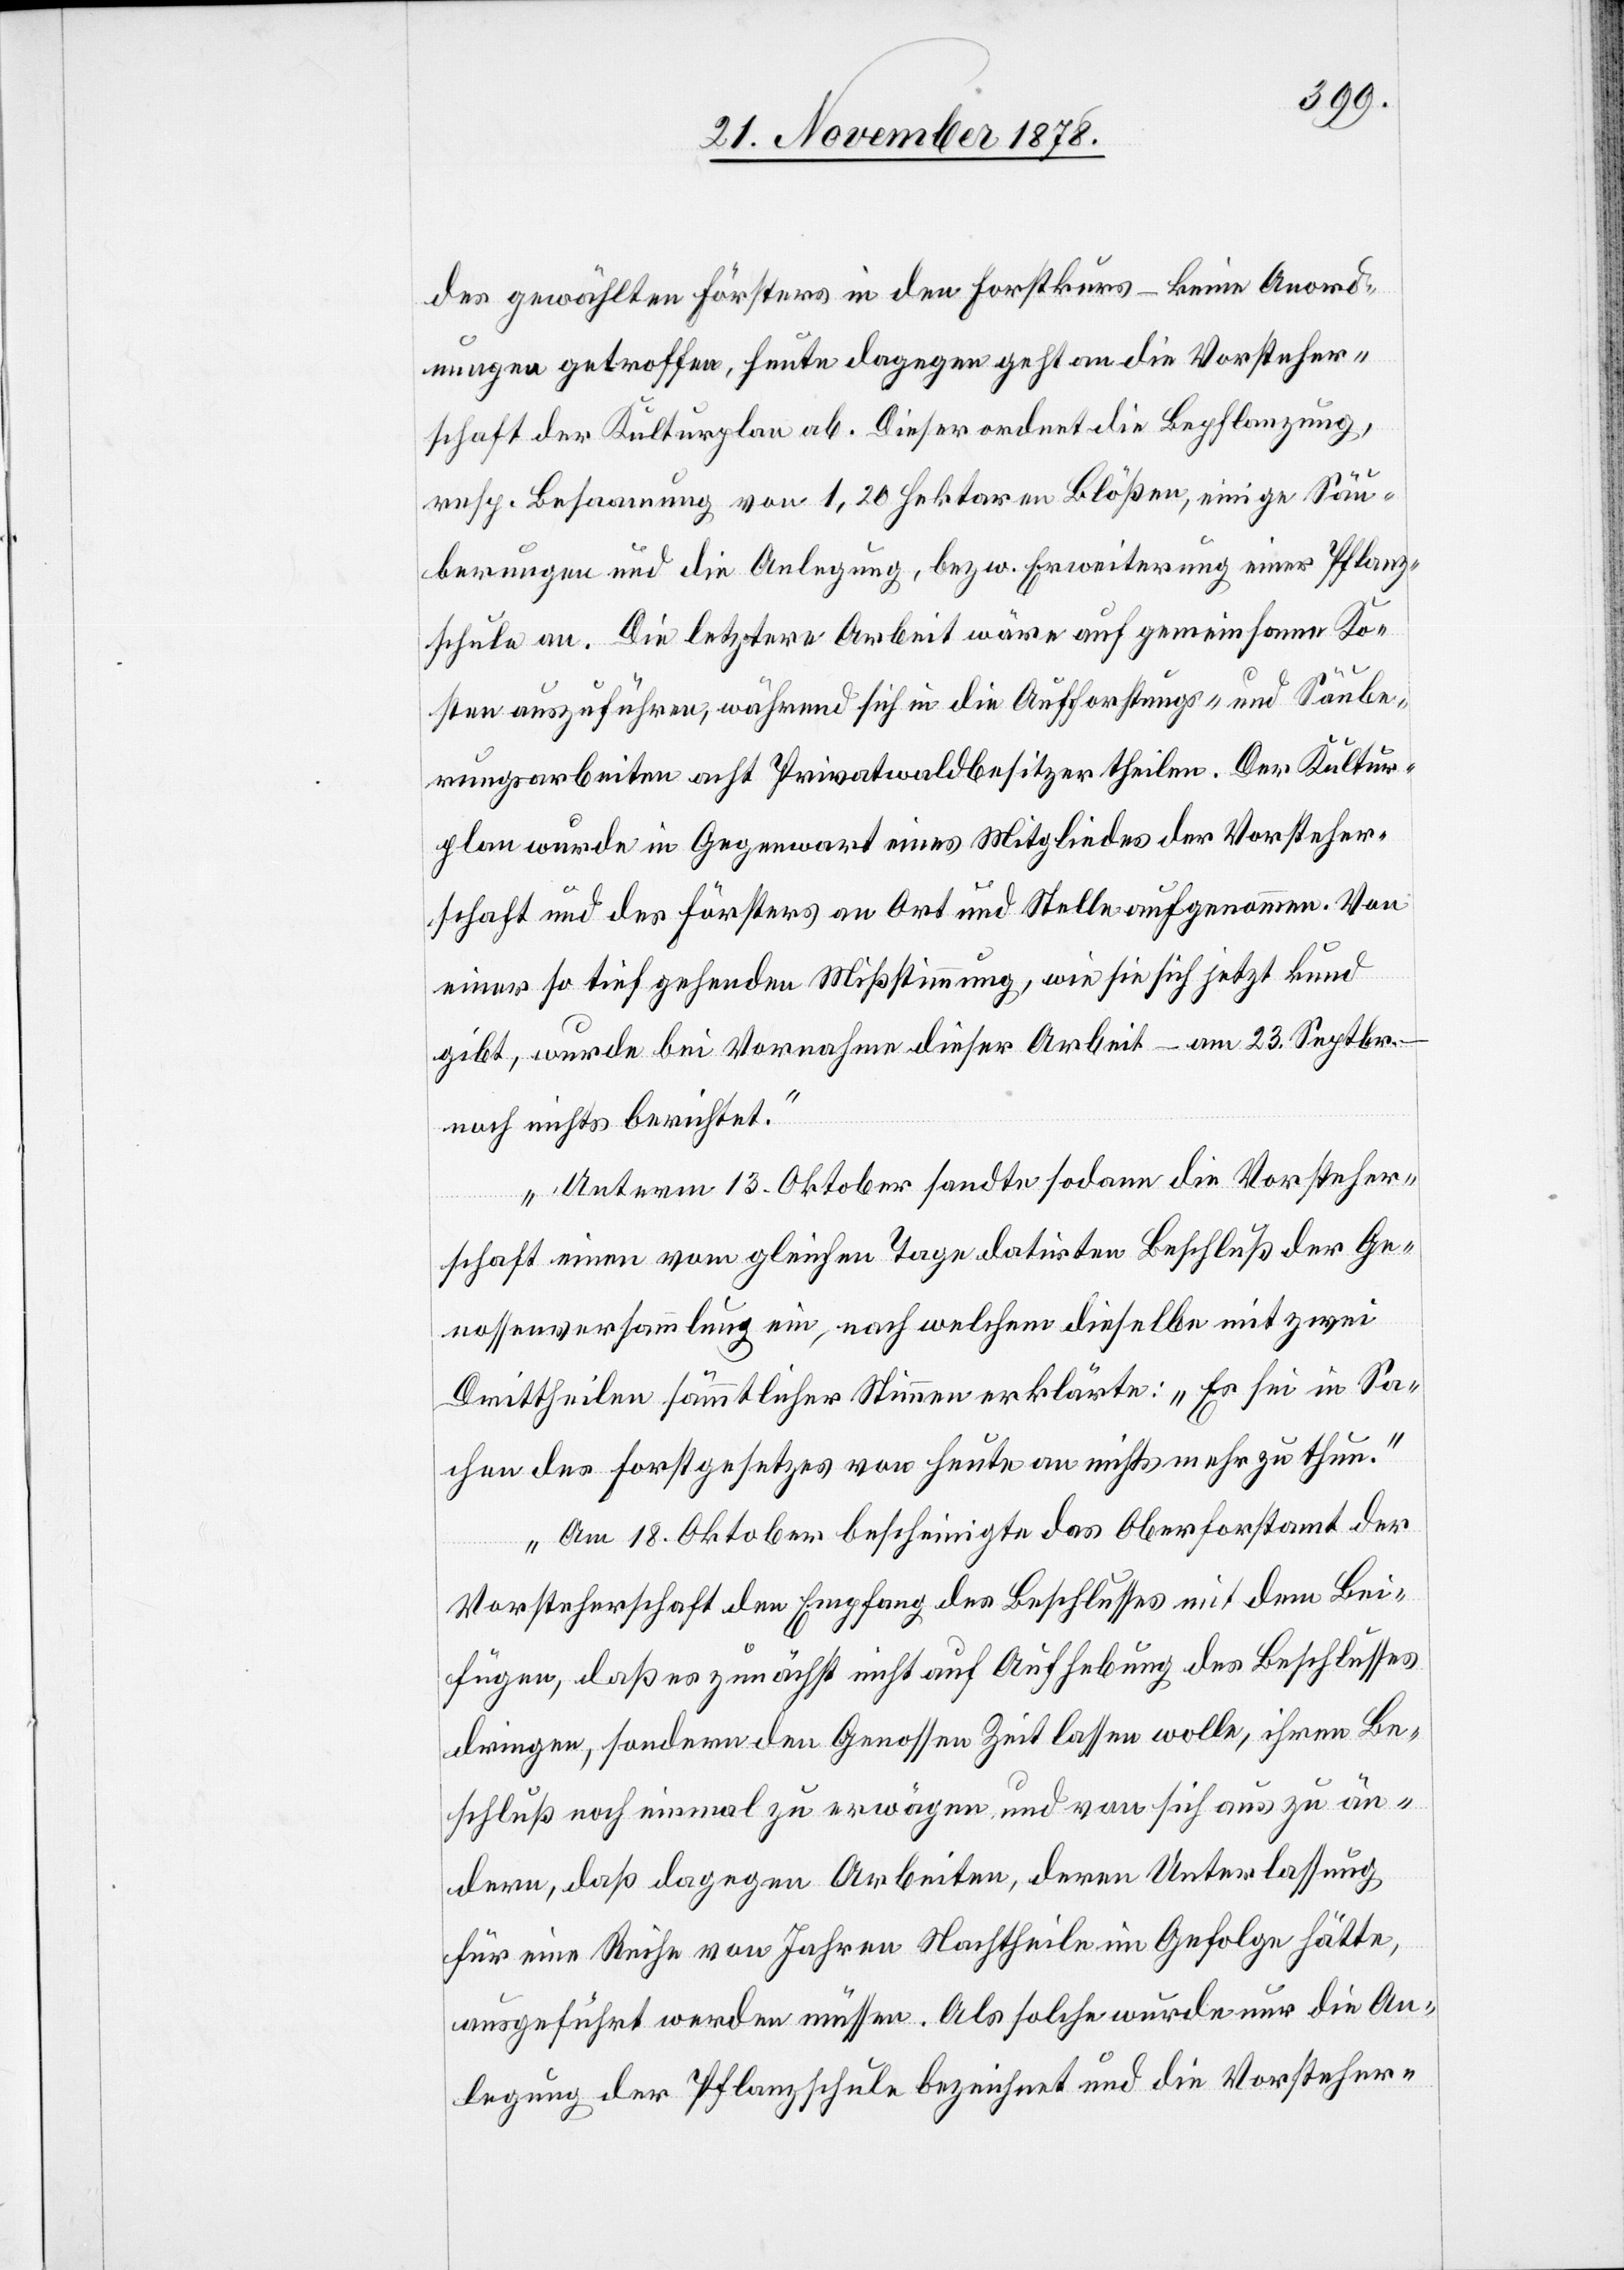
des gewählten Försters in den Forstkurs – keine Anord¬
nungen getroffen, heute dagegen geht an die Vorsteher¬
schaft der Kulturplan ab. Dieser ordnet die Bepflanzung,
resp. Besaamung von 1,20 Hektaren Blößen, einige Säu¬
berungen und die Anlegung, bezw. Erweiterung einer Pflanz¬
schule an. Die letztere Arbeit wäre auf gemeinsame Ko¬
sten auszuführen, während sich in die Aufforstungs- und Säube¬
rungsarbeiten acht Privatwaldbesitzer theilen. Der Kultur¬
plan wurde in Gegenwart eines Mitgliedes der Vorsteher¬
schaft und des Försters an Ort und Stelle aufgenommen. Von
einer so tief gehehnden Missstimmung, wie sie sich jetzt kund
gibt, wurde bei Vornahme dieser Arbeit – am 23. Septbr.
noch nichts berichtet.
Unterm 13. Oktober sandte sodann die Vorsteher¬
schaft einen vom gleichen Tage datirten Beschluß der Ge¬
nossenversammlung ein, nach welchem dieselbe mit zwei
Drittheilen sämmtlicher Stimmen erklärte: „Es sei in Sa¬
chen des Forstgesetzes von heute an nichts mehr zu thun.“
Am 18. Oktober bescheinigte das Oberforstamt der
Vorsteherschaft den Empfang des Beschlusses mit dem Bei¬
fügen, daß es zunächst nicht auf Aufhebung des Beschlusses
dringe, sondern den Genossen Zeit lassen wolle, ihren Be¬
schluß noch einmal zu erwägen und von sich aus zu än¬
dern, daß dagegen Arbeiten, deren Unterlassung
für eine Reihe von Jahren Nachtheile im Gefolge hätte,
ausgeführt werden müssen. Als solche wurde nur die An¬
legung der Pflanzschule bezeichnet und die Vorsteher-